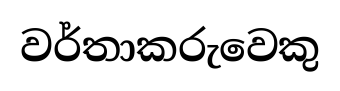
වර්තාකරුවෙකු